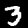
Digit: 3